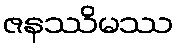
ဇနဿိမဿ